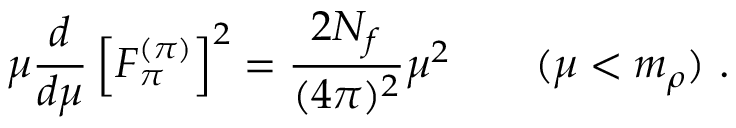
\mu \frac { d } { d \mu } \left[ F _ { \pi } ^ { ( \pi ) } \right] ^ { 2 } = \frac { 2 N _ { f } } { ( 4 \pi ) ^ { 2 } } \mu ^ { 2 } \qquad ( \mu < m _ { \rho } ) \ .